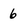
Character: 6